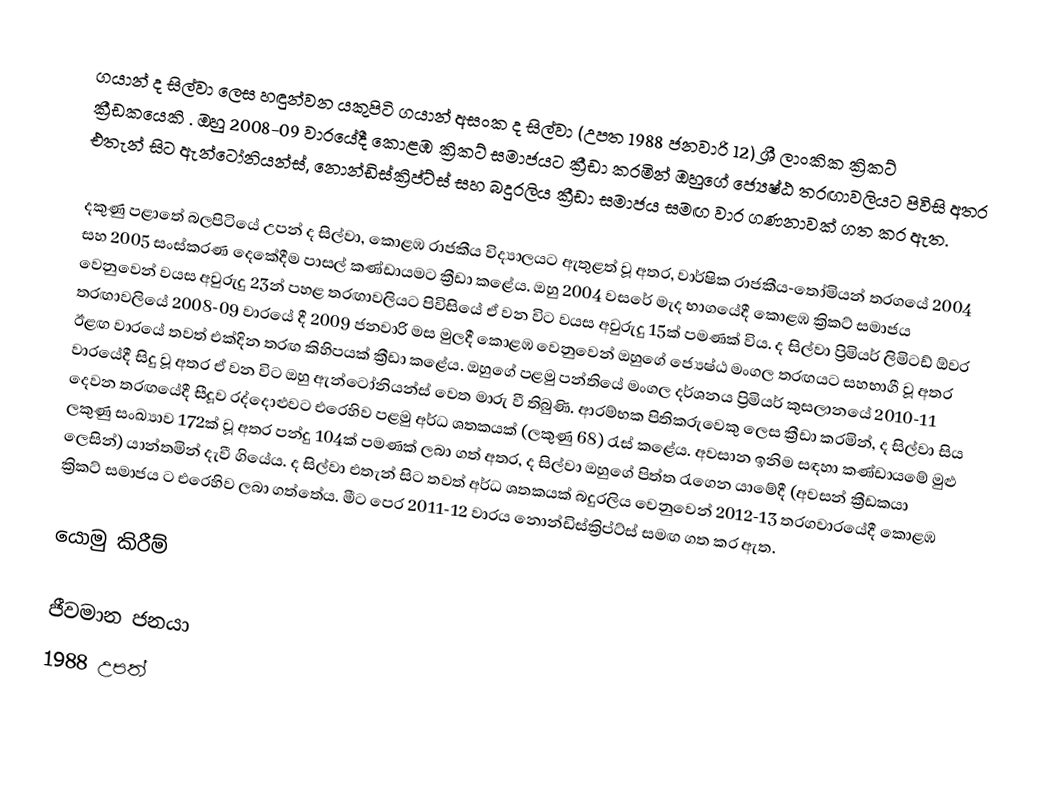
ගයාන් ද සිල්වා ලෙස හඳුන්වන යකුපිටි ගයාන් අසංක ද සිල්වා (උපත 1988 ජනවාරි 12) ශ්‍රී ලාංකික ක්‍රිකට් ක්‍රීඩකයෙකි . ඔහු 2008-09 වාරයේදී කොළඹ ක්‍රිකට් සමාජයට ක්‍රීඩා කරමින් ඔහුගේ ජ්‍යෙෂ්ඨ තරඟාවලියට පිවිසි අතර එතැන් සිට ඇන්ටෝනියන්ස්, නොන්ඩිස්ක්‍රිප්ට්ස් සහ බදුරලිය ක්‍රීඩා සමාජය සමඟ වාර ගණනාවක් ගත කර ඇත.

දකුණු පළාතේ බලපිටියේ උපන් ද සිල්වා, කොළඹ රාජකීය විද්‍යාලයට ඇතුළත් වූ අතර, වාර්ෂික රාජකීය-තෝමියන් තරගයේ 2004 සහ 2005 සංස්කරණ දෙකේදීම පාසල් කණ්ඩායමට ක්‍රීඩා කළේය. ඔහු 2004 වසරේ මැද භාගයේදී කොළඹ ක්‍රිකට් සමාජය වෙනුවෙන් වයස අවුරුදු 23න් පහළ තරඟාවලියට පිවිසියේ ඒ වන විට වයස අවුරුදු 15ක් පමණක් විය. ද සිල්වා ප්‍රිමියර් ලිමිටඩ් ඕවර තරඟාවලියේ 2008-09 වාරයේ දී 2009 ජනවාරි මස මුලදී කොළඹ වෙනුවෙන් ඔහුගේ ජ්‍යෙෂ්ඨ මංගල තරඟයට සහභාගී වූ අතර ඊළඟ වාරයේ තවත් එක්දින තරඟ කිහිපයක් ක්‍රීඩා කළේය. ඔහුගේ පළමු පන්තියේ මංගල දර්ශනය ප්‍රිමියර් කුසලානයේ 2010-11 වාරයේදී සිදු වූ අතර ඒ වන විට ඔහු ඇන්ටෝනියන්ස් වෙත මාරු වී තිබුණි. ආරම්භක පිතිකරුවෙකු ලෙස ක්‍රීඩා කරමින්, ද සිල්වා සිය දෙවන තරඟයේදී සීදූව රද්දොළුවට එරෙහිව පළමු අර්ධ ශතකයක් (ලකුණු 68) රැස් කළේය. අවසාන ඉනිම සඳහා කණ්ඩායමේ මුළු ලකුණු සංඛ්‍යාව 172ක් වූ අතර පන්දු 104ක් පමණක් ලබා ගත් අතර, ද සිල්වා ඔහුගේ පිත්ත රැගෙන යාමේදී (අවසන් ක්‍රීඩකයා ලෙසින්) යාන්තමින් දැවී ගියේය. ද සිල්වා එතැන් සිට තවත් අර්ධ ශතකයක් බදුරලිය වෙනුවෙන් 2012-13 තරගවාරයේදී කොළඹ ක්‍රිකට් සමාජය ට එරෙහිව ලබා ගත්තේය. මීට පෙර 2011-12 වාරය නොන්ඩිස්ක්‍රිප්ට්ස් සමඟ ගත කර ඇත.

යොමු කිරීම්

ජීවමාන ජනයා
1988 උපත්